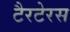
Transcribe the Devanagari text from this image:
टैरटेरस